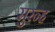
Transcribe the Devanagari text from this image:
सुरन्ह